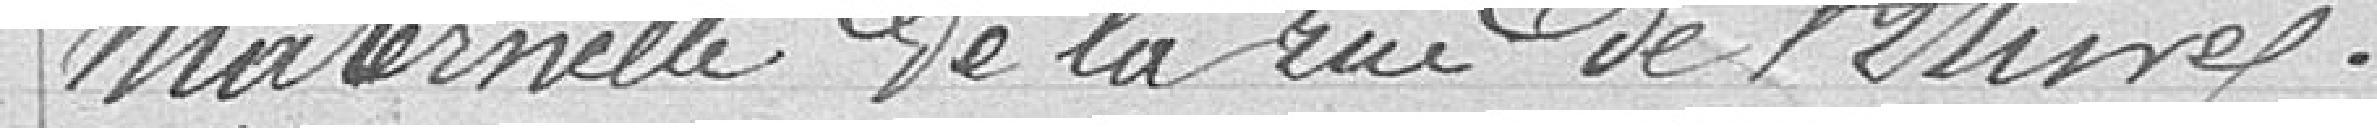
maternelle de la rue de l'Etuve